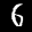
Label: 6